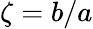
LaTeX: \zeta=b/a